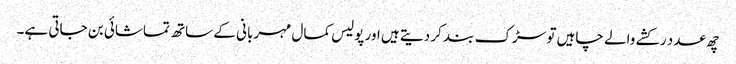
چھ عدد رکشے والے چاہیں تو سڑک بند کر دیتے ہیں اور پولیس کمال مہربانی کے ساتھ تماشائی بن جاتی ہے۔